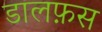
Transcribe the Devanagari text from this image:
डालफ़स